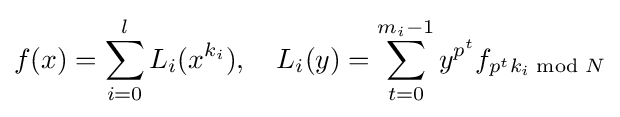
f(x)=\sum _{i=0}^{l}L_{i}(x^{k_{i}}),\quad L_{i}(y)=\sum _{t=0}^{m_{i}-1}y^{p^{t}}f_{p^{t}k_{i}{\bmod {N}}}